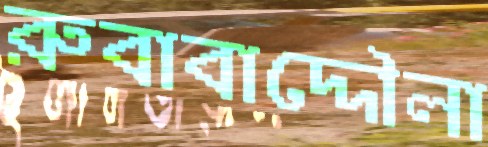
রুবাবাদ্দৌলা